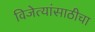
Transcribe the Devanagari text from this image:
विजेत्यांसाठीचा